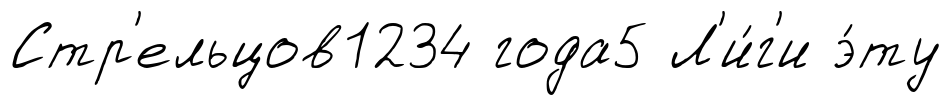
Стр'ельцов1234 года5 Л'и́г'и э́ту